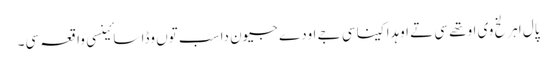
پال اہرلخ وی اوتھے سی تے اوہدا کینا سی جے اودے جیون دا سب توں وڈا سائینسی واقعہ سی۔